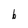
Character: b